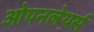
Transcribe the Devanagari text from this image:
ओपनलेयर्स